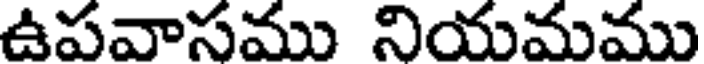
ఉపవాసము నియమము